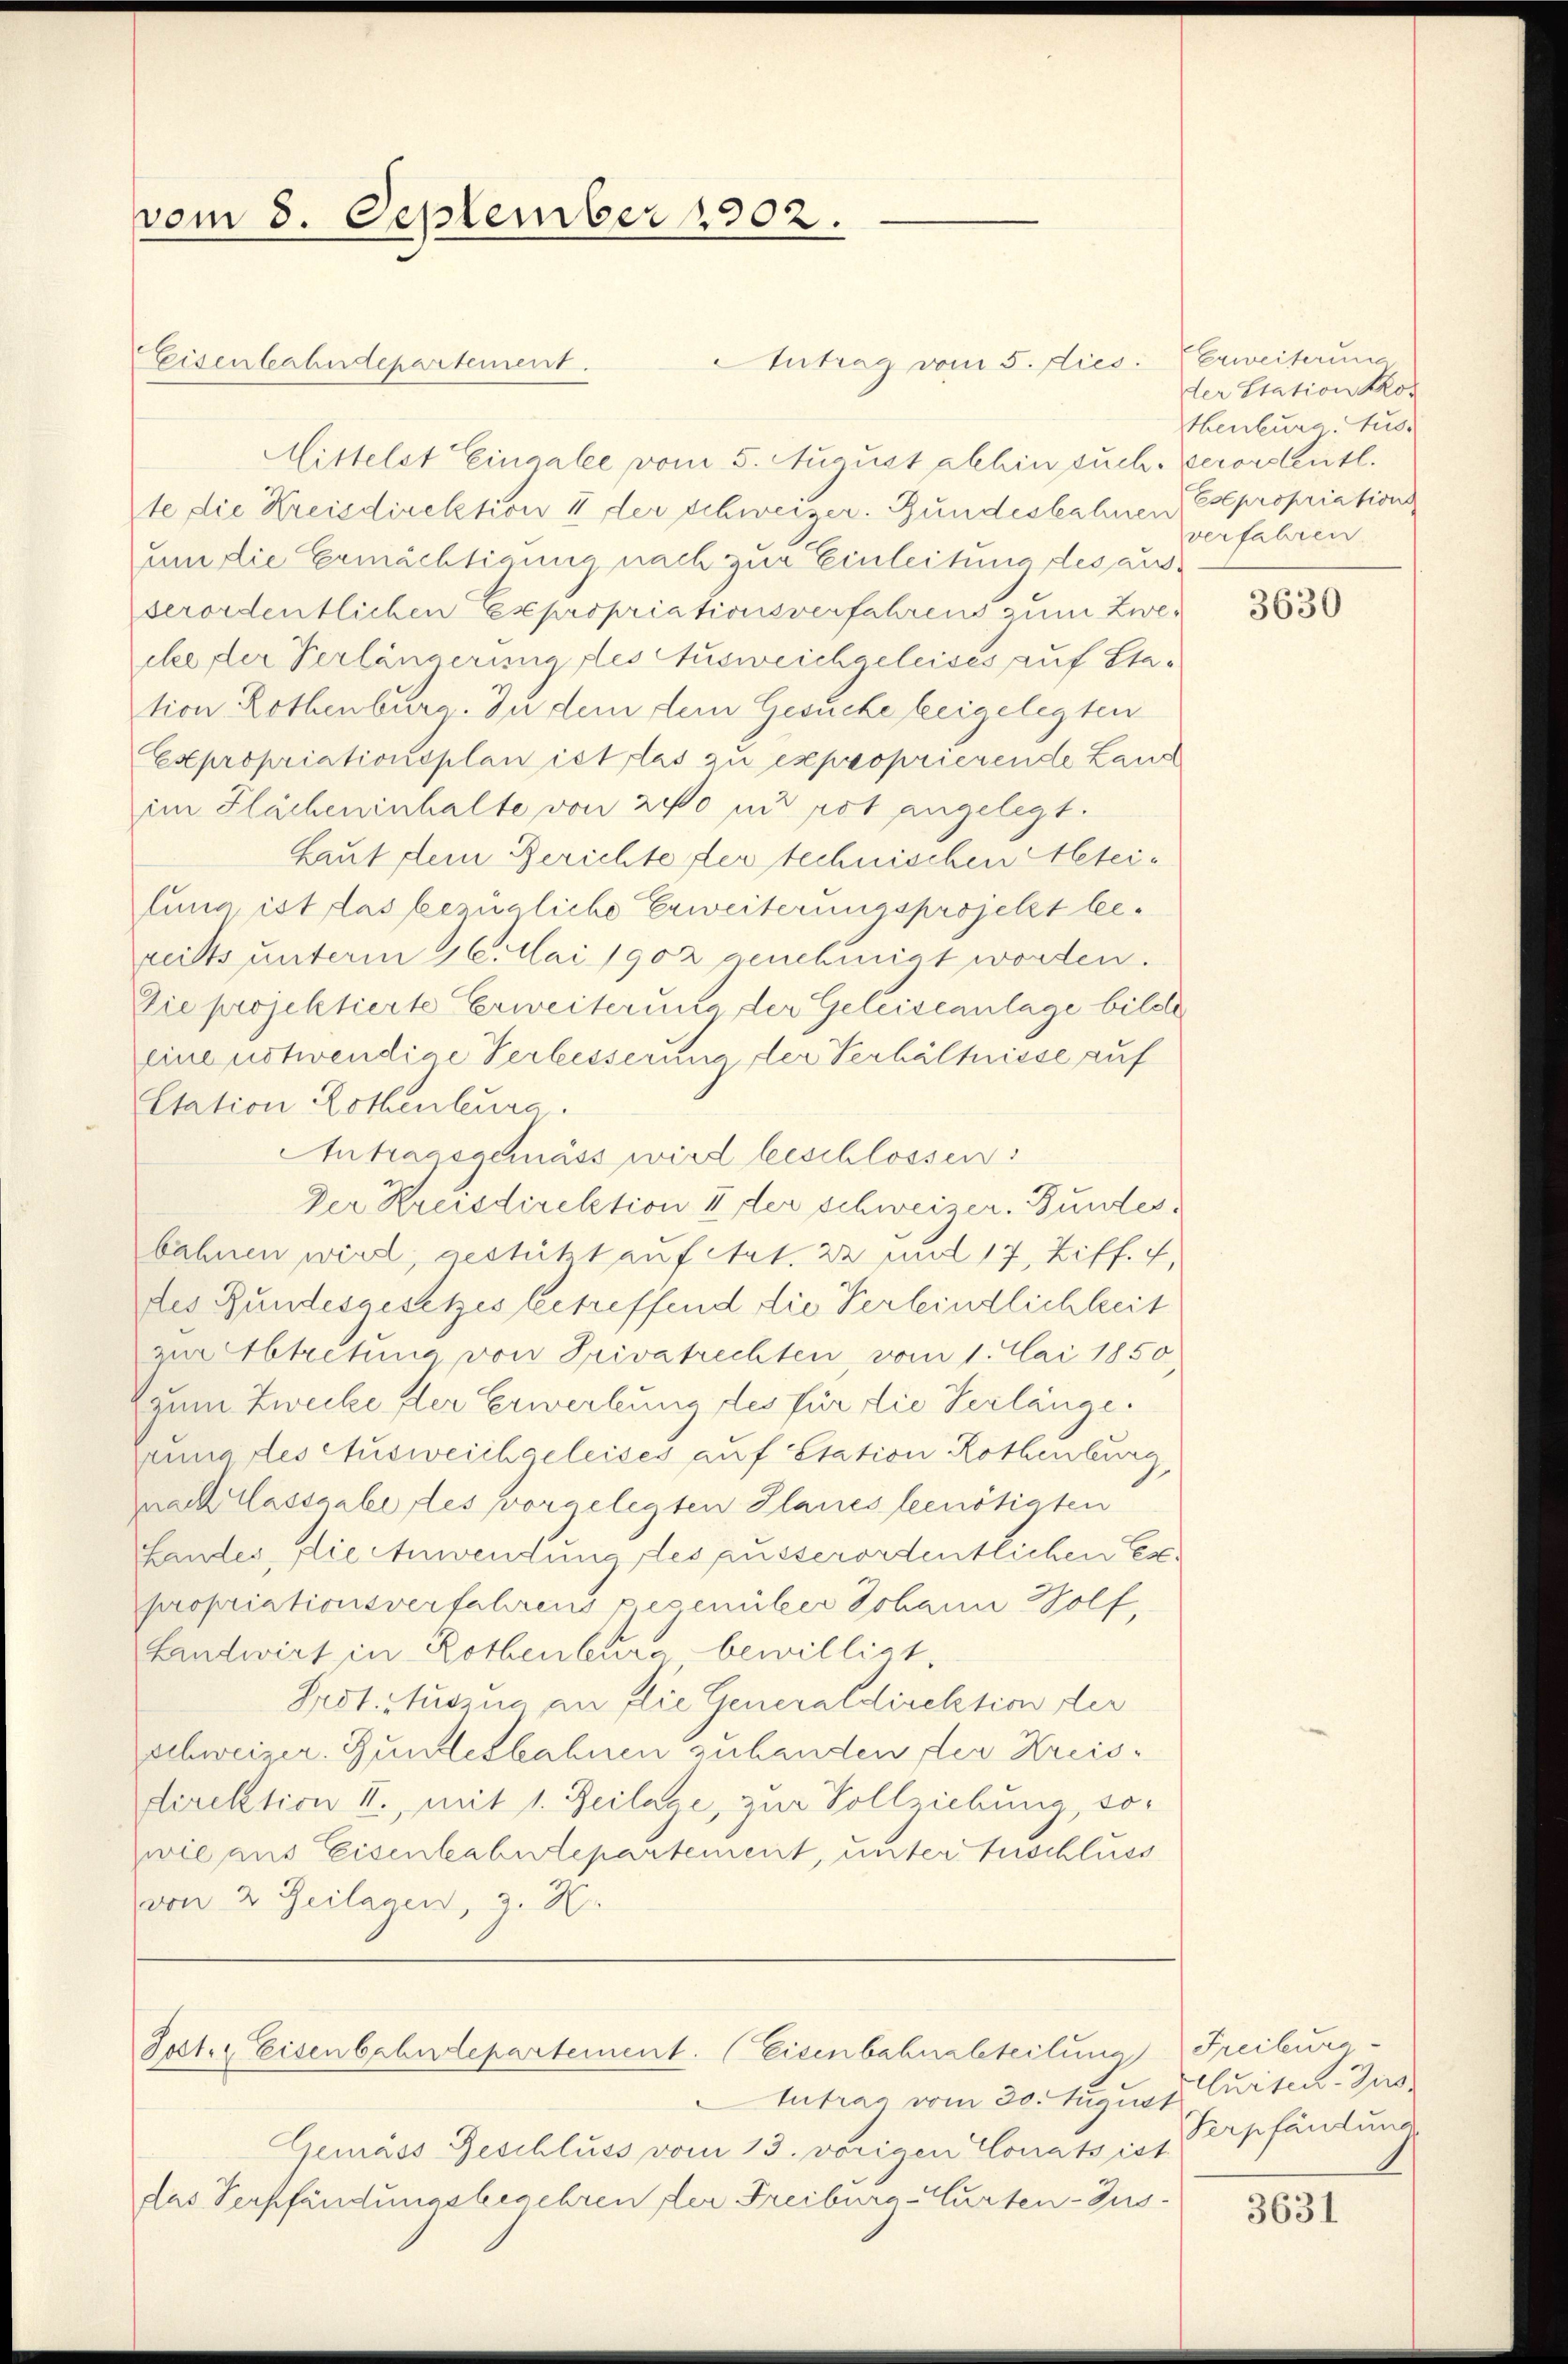
vom 8. September 1902.

Antrag vom 5. dies
Eisenbahndepartement.
Mittelst Eingabe vom 5. August abhin such. Verordentl.
te die Kreisdirektion II der schweizer. Bundesbahnen Esepropriation
um die Ermächtigung nach zur Einleitung des ausverordentlichen Expropriationsverfahrens zum Zweehe der Verlängerung des Ausweichaeleises auf Station Rothenburg. In dem dem Gesuche beigelegten
Expropriationsplan ist las zu exproprierende Land
im Flächeninhalte von 200 und rot angelegt.
Laut dem Berichte der technischen Alteilung, ist das bezügliche Erweiterungsprojekt bereits unterm 16. Mai 1902 geschinigt worden.
Die projektierte Erweiterung der Geleiseanlage bilde
eine notwendige Verbesserung der Verhältnisse auf
Etation Rothenleura.
Antragsschmäss wird beschlossen
Der Kreisdirektion II der schweizer. Bundesbahnen wird, gestützt auf Art. 22 und 17, Ziff. 4,
des Bundesgesetzes betreffend die Verfeindlichkeit
zur Abtretung von Privatrechten, vom 1. Mai 1850
(zum Zwecke der Erwerbung des für die Verlänge.
Zeune des Ausweichgeleises auf Station Rothenburg,
znach lassgabe des vorgelegten Planes leenötigten
Landes, die Anwendung des ausserordentlichen Expropriationsverfahrens pecember Johann Wolf,
Landwirt in Rothenburg bewilligt.
Feststurzug an flie Generaldirektion der
schweizer. Gunstesbahnen zu handen der Kreisdirektion II., mit 1. Beilage, zur Vollziehung, sowie aus Eisenbahndepartement, unter Zuschluss
von 2 Teilagen, z. B.
Jost. Eisenbahndepartement. (Eisenbahnabteilung Freiburg.
tutrag vom 30. August
Gemäss Geschluss vom 13. vorigen Conats ist
das Verpfändungsbegehren der Freiburg Murten-Zus

Erweiterung
der Station Kos
Henburg Aus-
verfahren.

3630

curten Jus
Verpfändung

3631